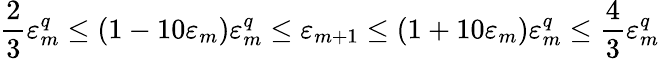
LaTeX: \frac 23\varepsilon_{m}^{q}\leq(1-10\varepsilon_{m})\varepsilon_{m}^{q}\leq\varepsilon_{m+1}\leq(1+10\varepsilon_{m})\varepsilon_{m}^{q}\leq\frac 43\varepsilon_{m}^{q}